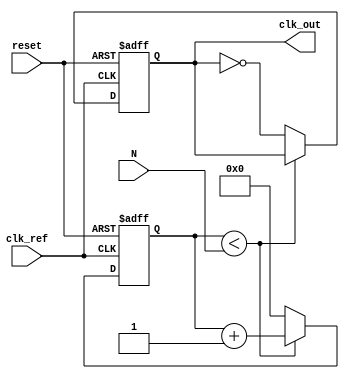
module integer_n_pll (
    input wire clk_ref,           // Reference clock input
    input wire reset,             // Reset signal
    input wire [7:0] N,           // Division factor (N)
    output reg clk_out            // Output clock
);

    // Internal signals
    reg [7:0] phase_error;        // Phase error signal
    reg [7:0] control_voltage;     // Control voltage for VCO
    reg [7:0] vco_output;         // VCO output frequency
    reg [7:0] feedback;           // Feedback signal from divider
    reg [7:0] divider_count;      // Divider counter

    // Phase Detector (PD)
    always @(posedge clk_ref or posedge reset) begin
        if (reset) begin
            phase_error <= 0;
        end else begin
            // Simple phase error calculation (for demonstration)
            if (feedback < vco_output) begin
                phase_error <= phase_error + 1; // Increase error
            end else if (feedback > vco_output) begin
                phase_error <= phase_error - 1; // Decrease error
            end
        end
    end

    // Loop Filter (LF)
    always @(posedge clk_ref or posedge reset) begin
        if (reset) begin
            control_voltage <= 0;
        end else begin
            // Simple low-pass filter implementation
            control_voltage <= control_voltage + (phase_error >> 1); // Smoothing
        end
    end

    // Voltage-Controlled Oscillator (VCO)
    always @(posedge clk_ref or posedge reset) begin
        if (reset) begin
            vco_output <= 0;
        end else begin
            // VCO output frequency is controlled by the control voltage
            vco_output <= control_voltage; // Example: direct mapping
        end
    end

    // Frequency Divider (N)
    always @(posedge clk_ref or posedge reset) begin
        if (reset) begin
            divider_count <= 0;
            clk_out <= 0;
        end else begin
            if (divider_count < N) begin
                divider_count <= divider_count + 1;
            end else begin
                divider_count <= 0;
                clk_out <= ~clk_out; // Toggle output clock
            end
        end
    end

endmodule